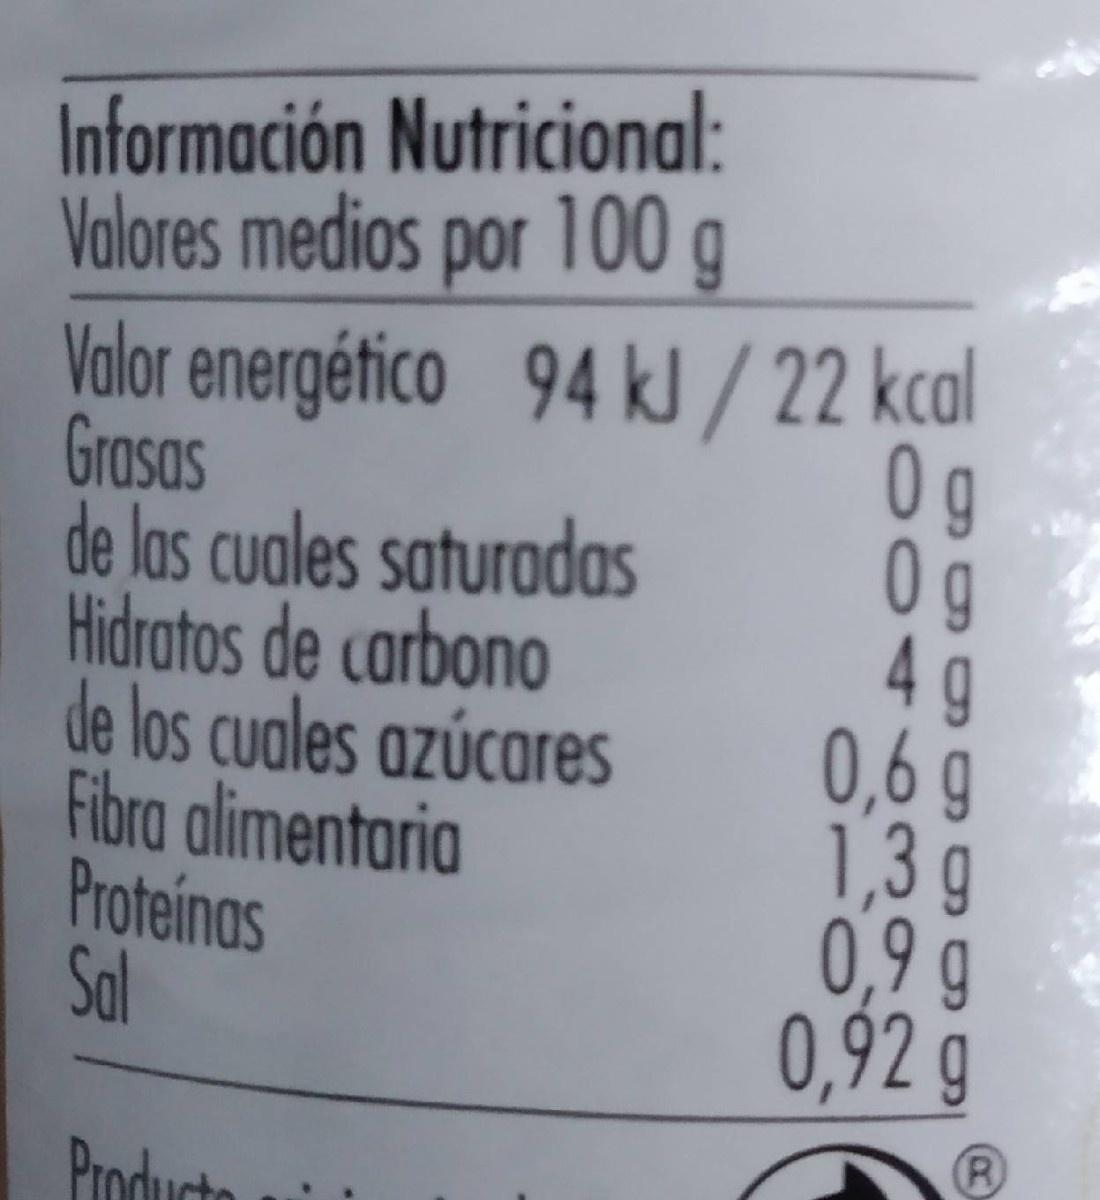
Información Nutricional: Valores medios por 100 g Valor energético 94 kJ / 22 kcal Grasas de las cuales saturadas Hidratos de carbono de los cuales azúcares Fibra alimentaria Proteinas Sal 0 g 0 g 4 g 0,6 g 1,3g 0,9 g 0,92 g (R Producto